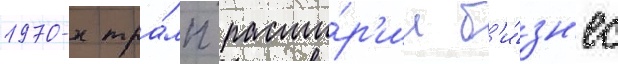
1970-х тра́мп расши́р'ил б'и́зн'ес